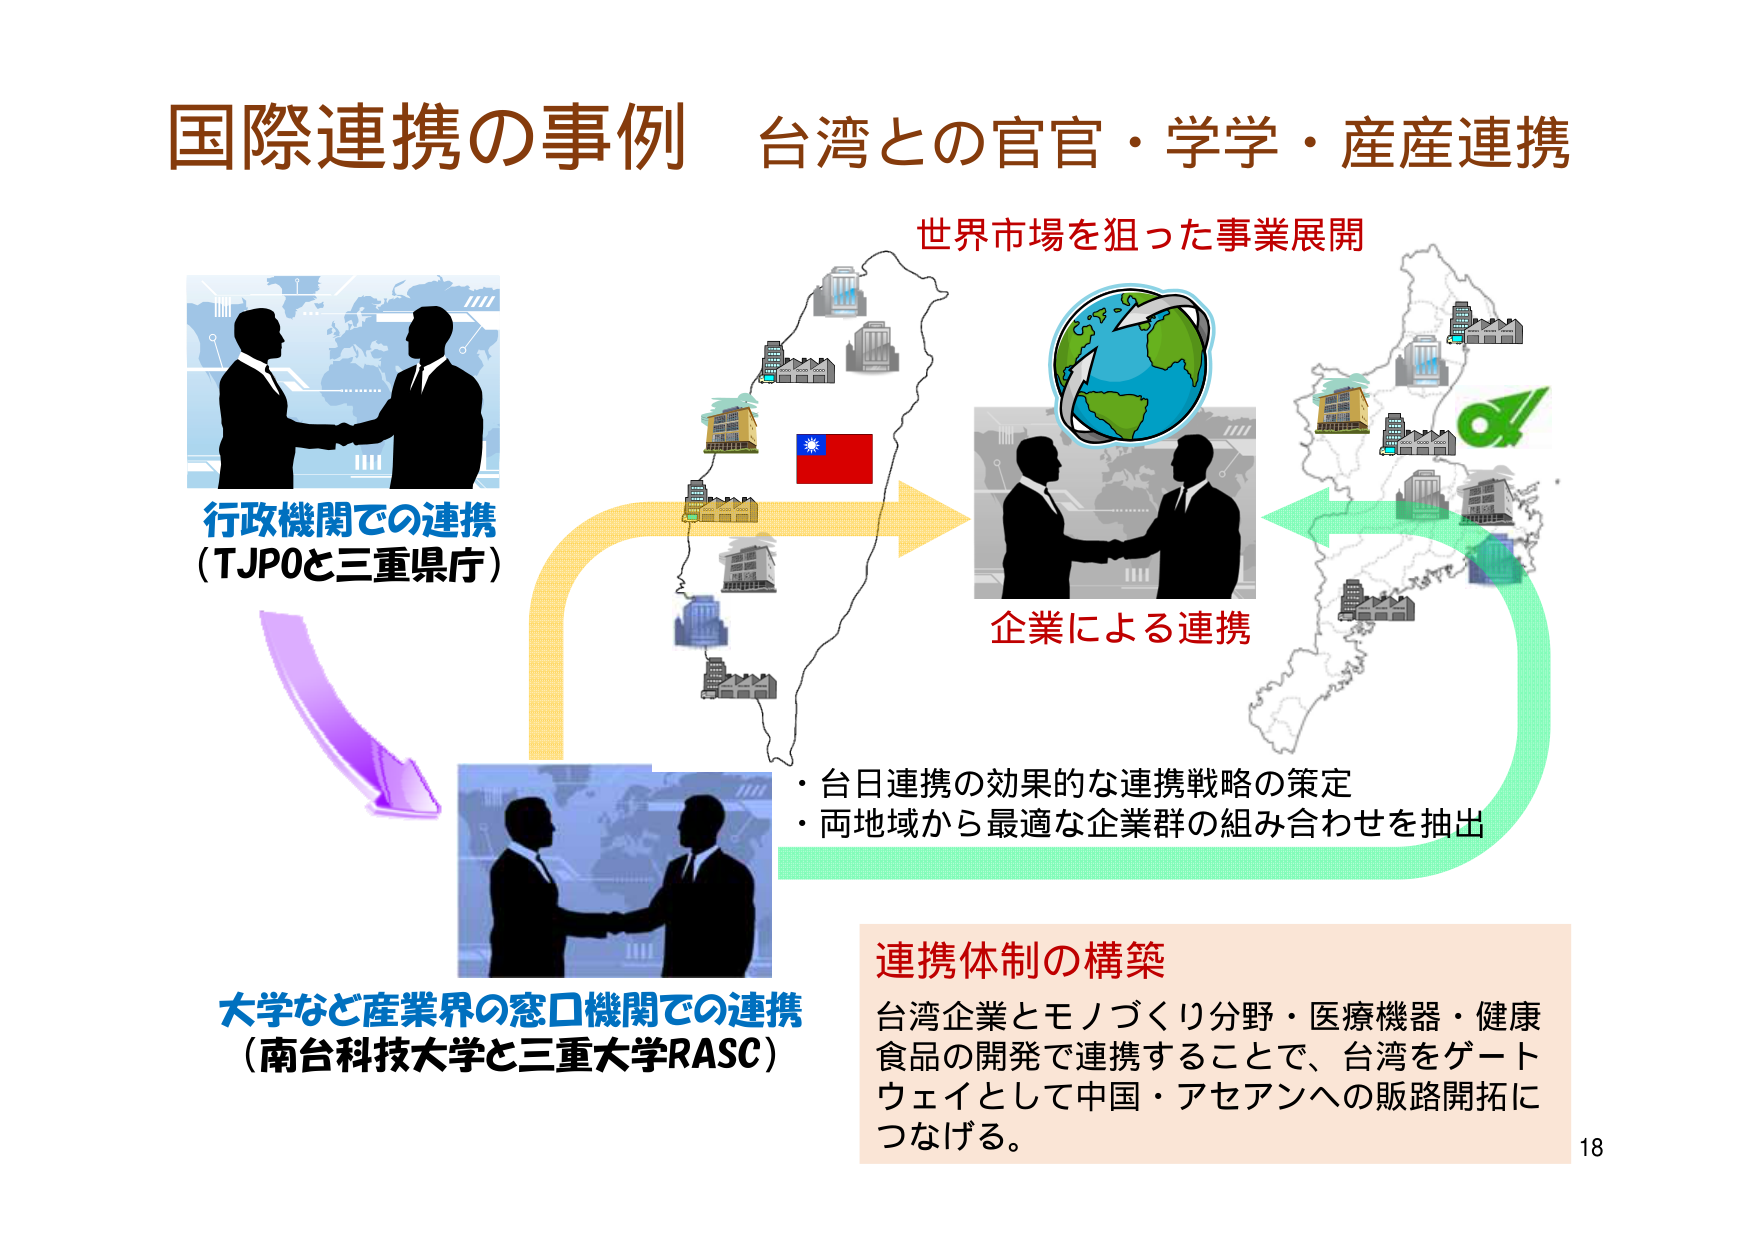
国際連携の事例 台湾との官官・学学・産産連携

行政機関での連携
（TJPOと三重県庁）

世界市場を狙った事業展開

企業による連携

・台日連携の効果的な連携戦略の策定
・両地域から最適な企業群の組み合わせを抽出

大学など産業界の窓口機関での連携
（南台科技大学と三重大学RASC）

連携体制の構築
台湾企業とモノづくり分野・医療機器・健康食品の開発で連携することで、台湾をゲートウェイとして中国・アセアンへの販路開拓につなげる。

18